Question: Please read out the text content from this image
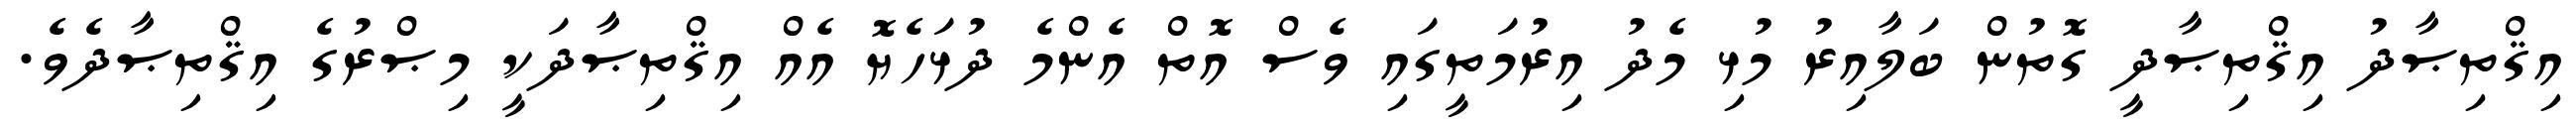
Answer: އިޤްތިޞާދު އިޤްތިޞާދީ ގޮތުން ބަލާއިރު މުޅި މެދު އިރުމަތީގައި ވެސް އޮތް އެންމެ ދުޅަހެޔޮ އެއް އިޤްތިޞާދަކީ މިޞްރުގެ އިޤްތިޞާދެވެ.